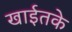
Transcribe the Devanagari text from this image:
खाईतके